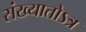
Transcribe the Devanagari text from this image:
संख्यातोऽत्र